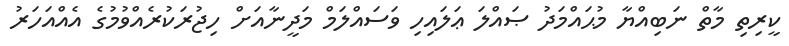
ކީރިތި މާތް ނަބިއްޔާ މުޙައްމަދު ޞައްލަ ޢަލައިހި ވަސައްލަމް މަދީނާއަށް ހިޖުރަކުރެއްވުމުގެ އެއްއަހަރު